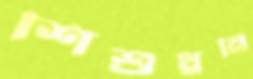
শিশুধ্বনি